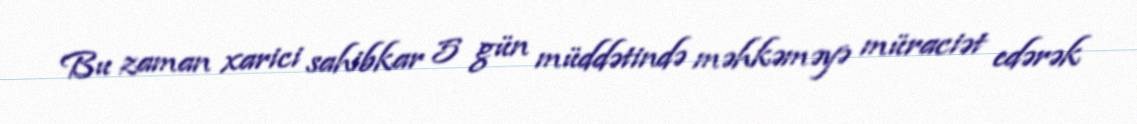
Bu zaman xarici sahibkar 5 gün müddətində məhkəməyə müraciət edərək